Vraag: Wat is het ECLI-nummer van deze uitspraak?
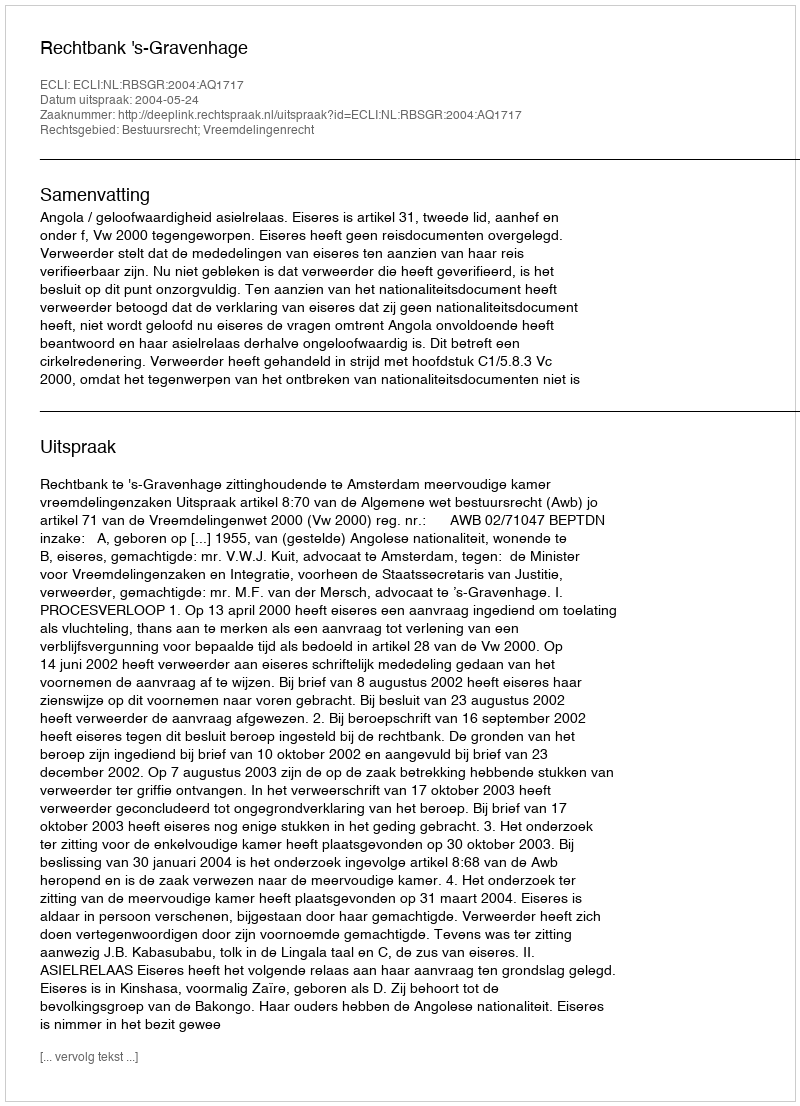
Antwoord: ECLI:NL:RBSGR:2004:AQ1717